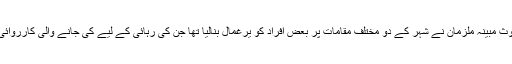
بعد ازاں جمعے کو حملے میں ملوث مبینہ ملزمان نے شہر کے دو مختلف مقامات پر بعض افراد کو یرغمال بنالیا تھا جن کی رہائی کے لیے کی جانے والی کارروائی میں چار لوگ مارے گئے تھے۔